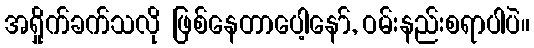
အရှိုက်ခက်သလို ဖြစ်နေတာပေါ့နော်, ဝမ်းနည်းစရာပါပဲ။